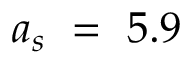
a _ { s } ~ = ~ 5 . 9